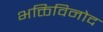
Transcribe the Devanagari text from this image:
भक्तिविनोद